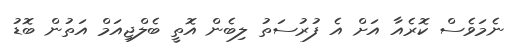
ނެމަވެސް ކޮރެއާ އަށް އެ ފުރުސަތު ލިބެން އޮތީ ބެލްޖިއަމް އަތުން ބޮޑު